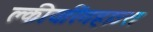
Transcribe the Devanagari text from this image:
क्लीयरिंगहाउस